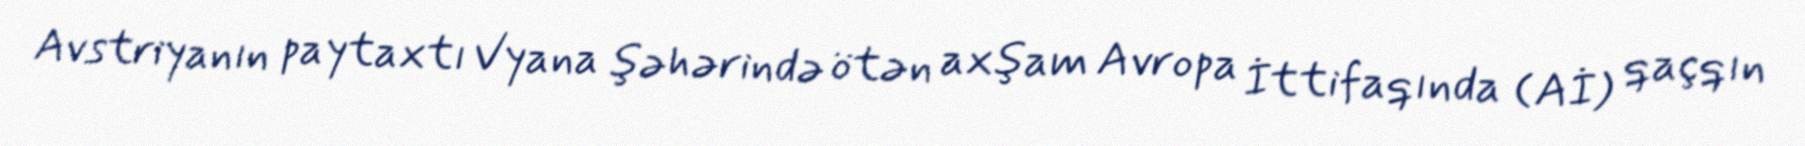
Avstriyanın paytaxtı Vyana şəhərində ötən axşam Avropa İttifaqında (Aİ) qaçqın